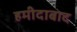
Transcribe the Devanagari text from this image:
हमीदाबाद